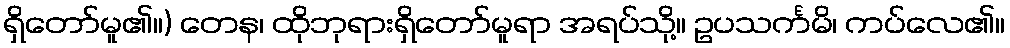
ရှိတော်မူ၏။) တေန၊ ထိုဘုရားရှိတော်မူရာ အရပ်သို့။ ဥပသင်္ကမိ၊ ကပ်လေ၏။